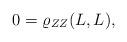
LaTeX: \begin{align*}0= \varrho _{ZZ}(L,L),\end{align*}